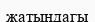
жатындагы